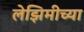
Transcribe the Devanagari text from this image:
लेझिमीच्या